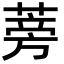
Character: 蒡